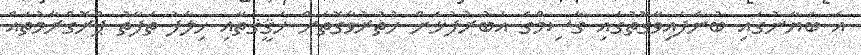
އެ ބަޔާނުގައި ބުނެފައިވާގޮތުގައި ގާސިމްގެ އަބުރުފުޅަށް ހުތުރުވާގޮތަށް ހަޤީޤަތާއި ޚިލާފު ތަފާތު ޕްރޮގްރާމުތައް